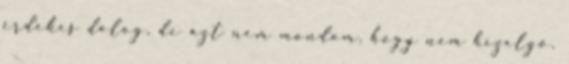
érdekes dolog, de azt nem mondom, hogy nem hízelgő.